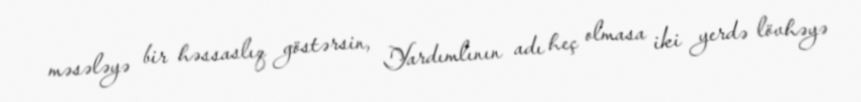
məsələyə bir həssaslıq göstərsin, Yardımlının adı heç olmasa iki yerdə lövhəyə